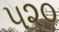
૫૨૦